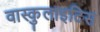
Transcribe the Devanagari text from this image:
वास्कुलाइटिस